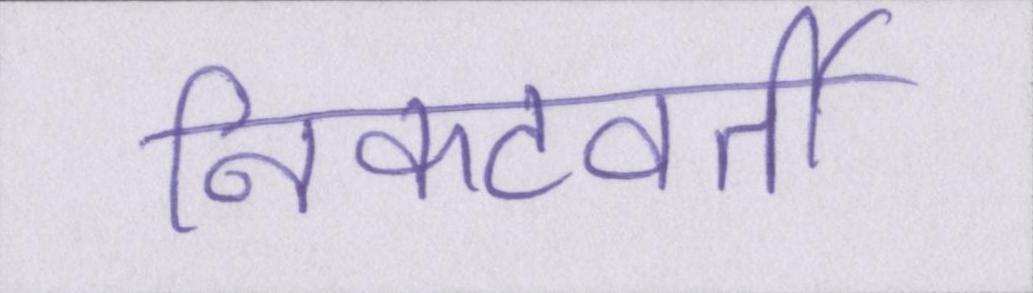
निकटवर्ती